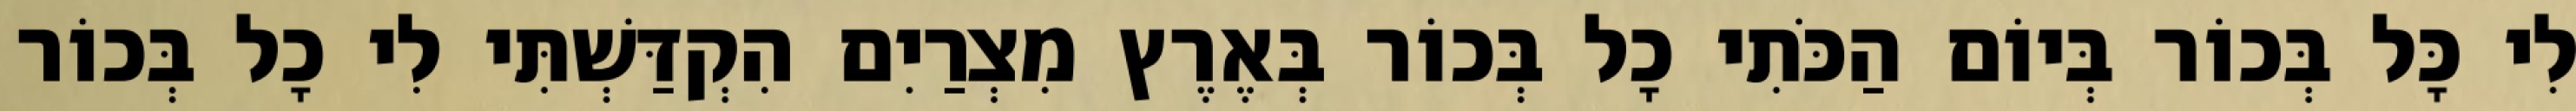
לִי כָּל בְּכוֹר בְּיוֹם הַכֹּתִי כָל בְּכוֹר בְּאֶרֶץ מִצְרַיִם הִקְדַּשְׁתִּי לִי כָל בְּכוֹר